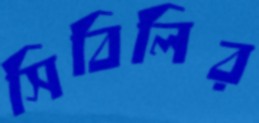
সিবিলির